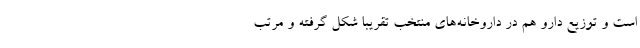
است و توزیع دارو هم در داروخانه‌های منتخب تقریبا شکل گرفته و مرتب